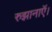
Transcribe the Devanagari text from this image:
रुझानाऍ।